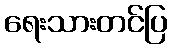
ရေးသားတင်ပြ